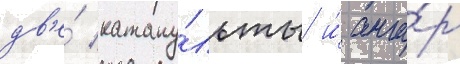
дв'е́ катапу́льты и́ анга́р